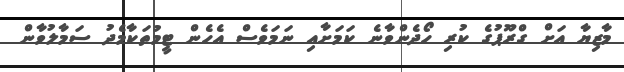
މާޒިޔާ އަށް ގްރޫޕުގެ ކުރި ހޯދެންވާނެ ކަމަށާއި ނަމަވެސް އެހެން ޓީމުތަކާމެދު ސަމާލުވާން